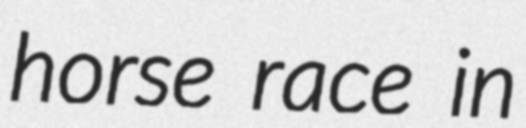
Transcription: horse race in